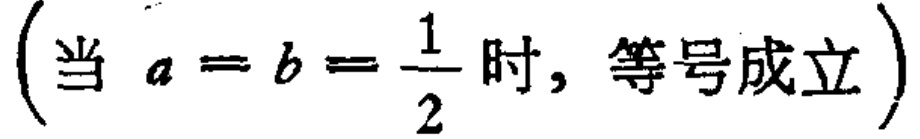
(当 \(a = b = \frac{1}{2}\) 时, 等号成立)